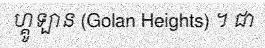
ហ្គូឡាន (Golan Heights) ។ ជា